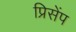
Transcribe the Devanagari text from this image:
प्रिसेंप